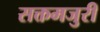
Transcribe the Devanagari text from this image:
सक्तमजुरी